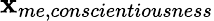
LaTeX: \mathbf{x}_{me,conscientiousness}